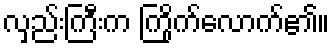
လှည်းကြီးက ကြိုက်လောက်၏။